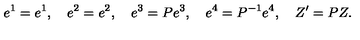
e ^ { 1 } = e ^ { 1 } , \quad e ^ { 2 } = e ^ { 2 } , \quad e ^ { 3 } = P e ^ { 3 } , \quad e ^ { 4 } = P ^ { - 1 } e ^ { 4 } , \quad Z ^ { \prime } = P Z .